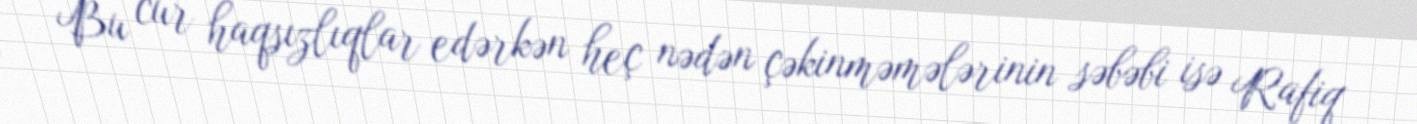
Bu cür haqsızlıqlar edərkən heç nədən çəkinməmələrinin səbəbi isə Rafiq